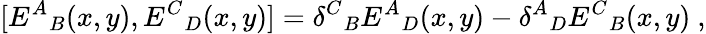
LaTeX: [{E^{A}}_{B}(x,y),{E^{C}}_{D}(x,y)]={\delta^{C}}_{B}{E^{A}}_{D}(x,y)-{\delta^{A}}_{D}{E^{C}}_{B}(x,y)\ ,